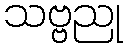
သဗ္ဗညု